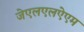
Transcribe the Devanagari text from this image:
जेएलएलऐएम